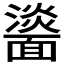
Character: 𩉀